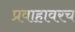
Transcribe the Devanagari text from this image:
प्रवाहावरच